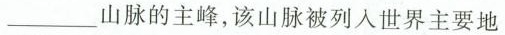
___山脉的主峰，该山脉被列入世界主要地